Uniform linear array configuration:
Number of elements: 48
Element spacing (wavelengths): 0.25
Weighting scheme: hamming
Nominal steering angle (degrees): -45
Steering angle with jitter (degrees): -46.954
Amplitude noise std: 0.05
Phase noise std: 0.05

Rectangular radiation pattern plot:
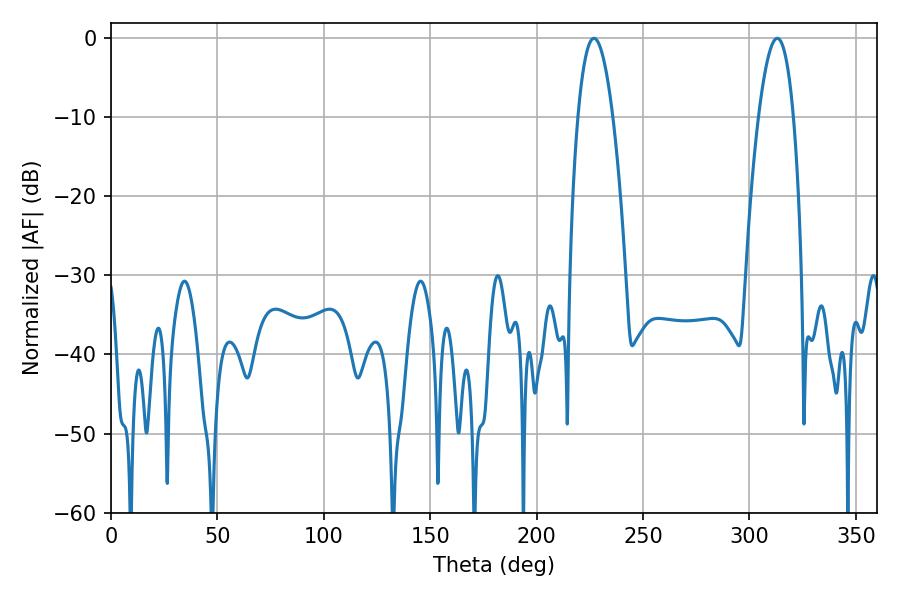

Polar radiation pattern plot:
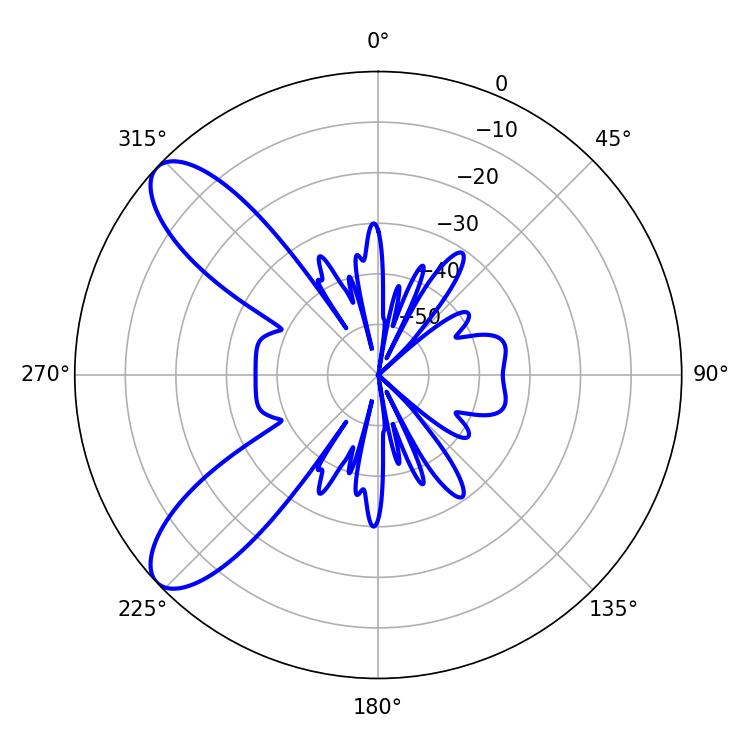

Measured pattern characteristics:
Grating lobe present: FALSE
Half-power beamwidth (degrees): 9
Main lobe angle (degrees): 226.98